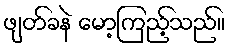
ဖျတ်ခနဲ မော့ကြည့်သည်။